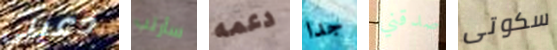
دعيني سأرتب دعمه جدا صدقني سكوتى